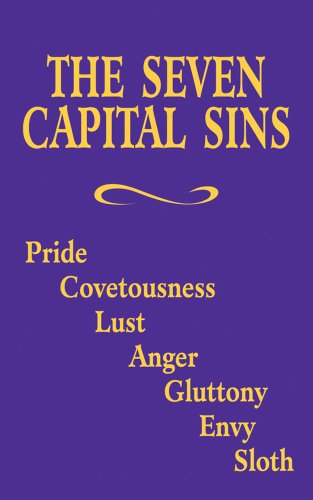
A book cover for The Seven Capital Sins: Pride, Covetousness, Lust, Anger, Gluttony, Envy, Sloth; Adoration; Politics & Social Sciences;